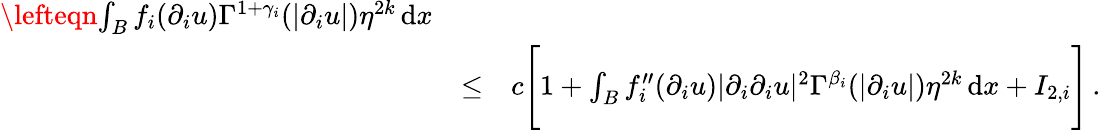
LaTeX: \begin{array}{rlr}{\lefteqn{\int_{B}f_{i}(\partial_{i}u)\Gamma^{1+\gamma_{i}}(|\partial_{i}u|)\eta^{2k}\, \mathrm{d}x}}\\ &{\leq}&{c\Bigg[1+\int_{B}{f_{i}^{\prime\prime}}(\partial_{i}u)|\partial_{i}\partial_{i}u|^{2}\Gamma^{\beta_{i}}(|\partial_{i}u|)\eta^{2k}\, \mathrm{d}x+I_{2,i}\Bigg]\, .}\end{array}